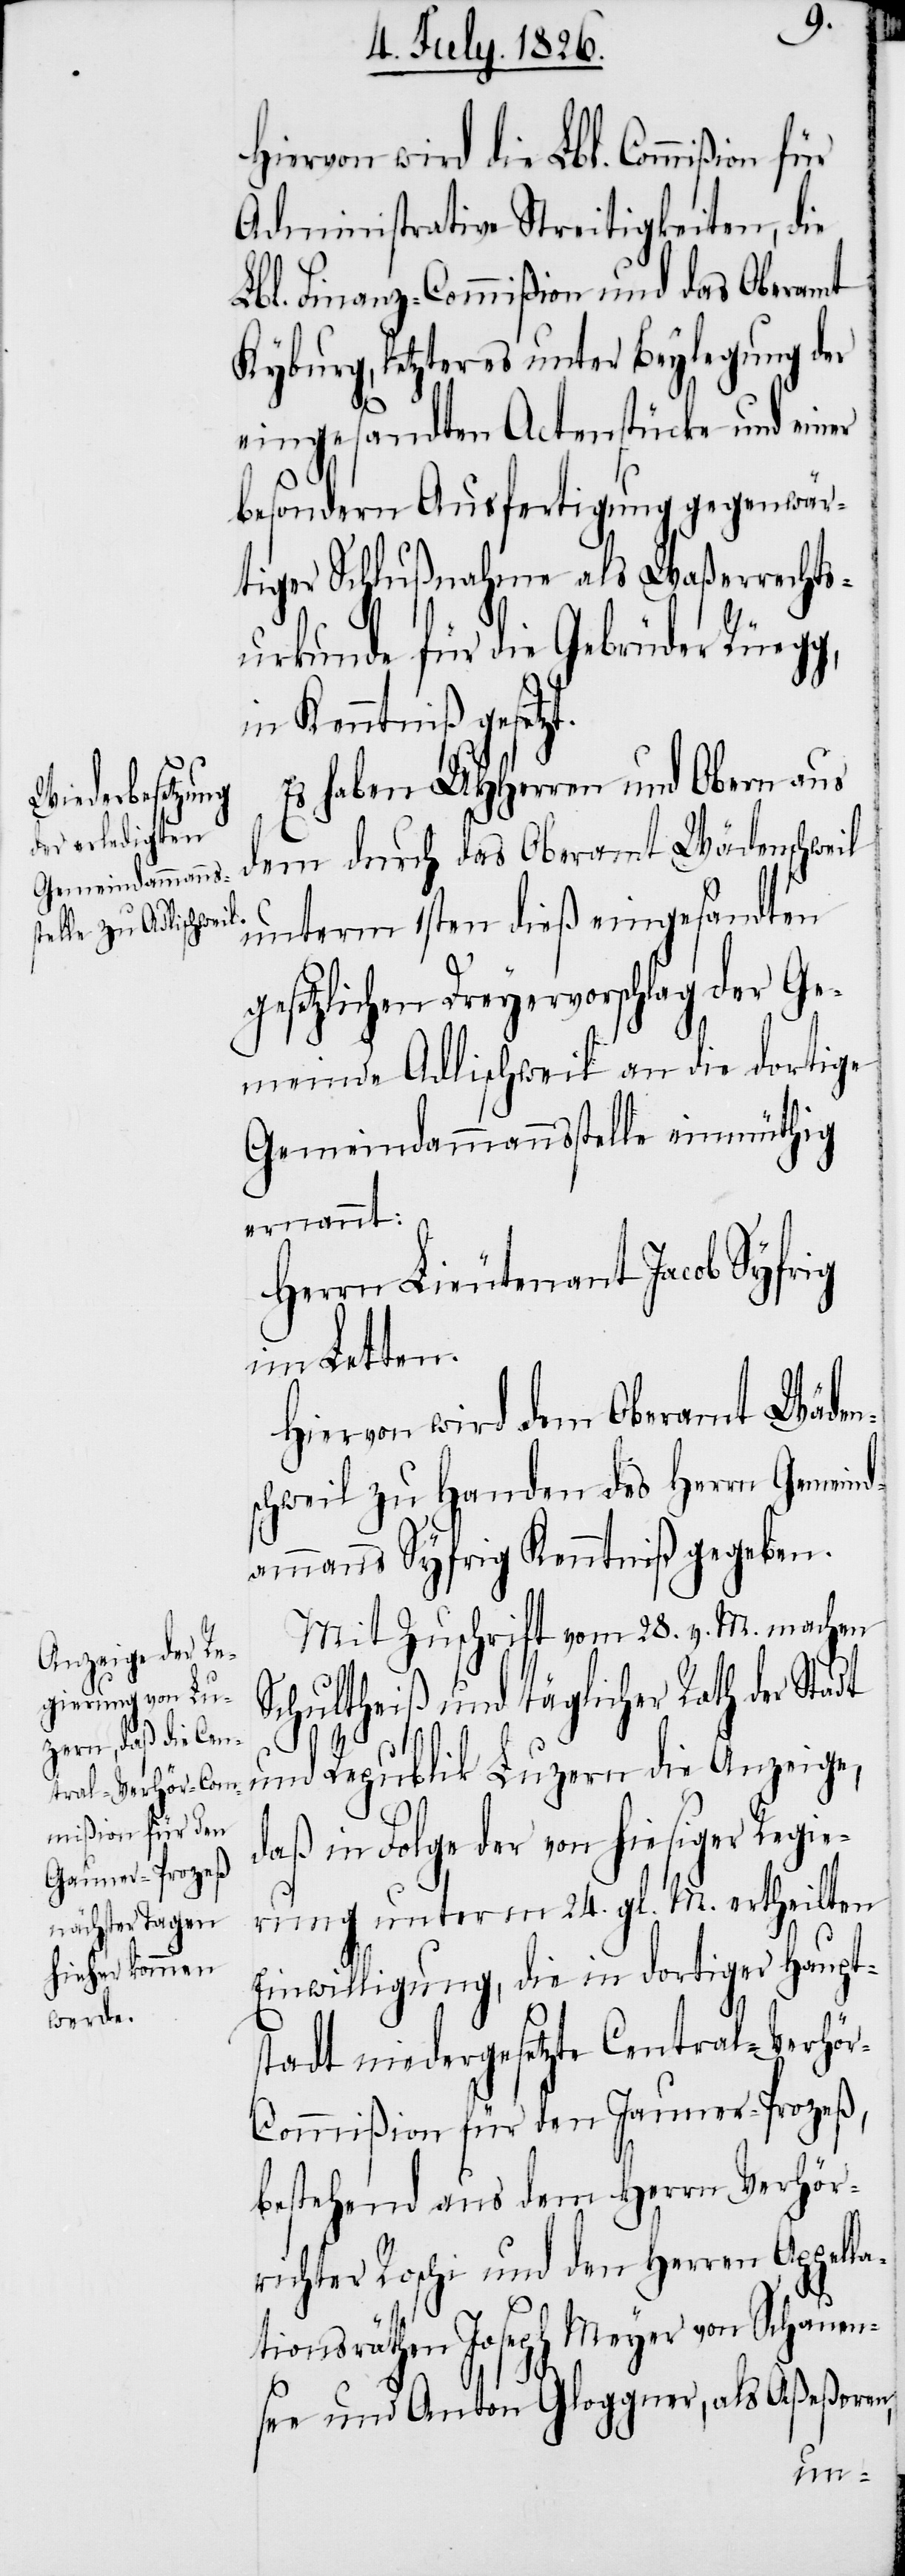
al-Verhör-Com¬
mißion für den

t.
Hiervon wird die Lbl. Commißion für
Administrative Streitigkeiten, die
Lbl. Finanz-Commißion und das Oberamt
Kyburg, letzteres unter Beylegung der
eingesandten Actenstücke und einer
besondern Ausfertigung gegenwär¬
tiger Schlußnahme als Waßerrechts¬
urkunde für die Gebrüder Rüeg¬
in Kenntniß gesetz¬
Es haben MHHerren und Obern aus
dem durch das Oberamt Wädenschweil
unterm 1sten dieß eingesandten
gesetzlichen Dreyervorschlag der Ge¬
meinde Adlischweil an die dortige
Gemeindammannsstelle einmüthig
ernannt:
Herrn Lieutenant Jacob Syfrig
im Letten.
Hiervon wird dem Oberamt Wäden¬
schweil zu Handen des Herrn Gemeind¬
ammanns Syfrig Kenntniß gegeben.
Mit Zuschrift vom 28. v. M. machen
Schultheiß und täglicher Rath der Stadt
und Republik Luzern die Anzeige,
daß in Folge der von hiesiger Regie¬
rung unterm 24. gl. M. ertheilten
Einwilligung, die in dortiger Haupt¬
stadt niedergesetzte Centr¬
bestehend aus dem Herrn Verhör¬
richter Roschi und den Herren Appella¬
tionsräthen Joseph Meyer von Schauen¬
see und Anton Gloggner, als Aßeßoren,